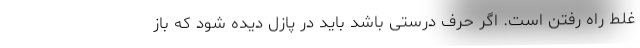
غلط راه رفتن است. اگر حرف درستی باشد باید در پازل دیده شود که باز